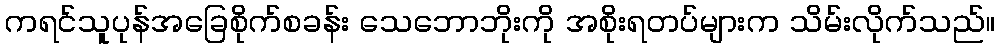
ကရင်သူပုန်အခြေစိုက်စခန်း သေဘောဘိုးကို အစိုးရတပ်များက သိမ်းလိုက်သည်။